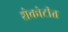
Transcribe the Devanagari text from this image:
शेकोटीत